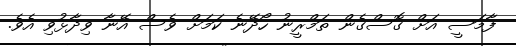
ފާމަސީ އަށް ގޮސްގެން ތަމްރީނު ހޯދޭނެ ކަމަށް ވެސް އޭނާ ވިދާޅުވި އެވެ.